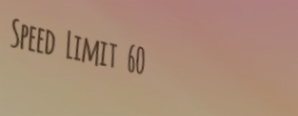
Speed Limit 60